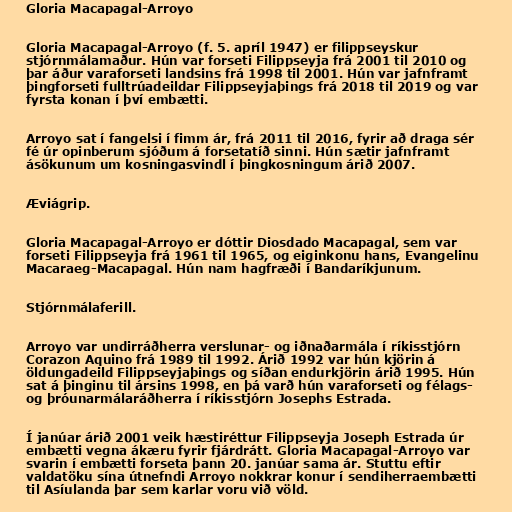
Gloria Macapagal-Arroyo

Gloria Macapagal-Arroyo (f. 5. apríl 1947) er filippseyskur
stjórnmálamaður. Hún var forseti Filippseyja frá 2001 til 2010 og
þar áður varaforseti landsins frá 1998 til 2001. Hún var jafnframt
þingforseti fulltrúadeildar Filippseyjaþings frá 2018 til 2019 og var
fyrsta konan í því embætti.

Arroyo sat í fangelsi í fimm ár, frá 2011 til 2016, fyrir að draga sér
fé úr opinberum sjóðum á forsetatíð sinni. Hún sætir jafnframt
ásökunum um kosningasvindl í þingkosningum árið 2007.

Æviágrip.

Gloria Macapagal-Arroyo er dóttir Diosdado Macapagal, sem var
forseti Filippseyja frá 1961 til 1965, og eiginkonu hans, Evangelinu
Macaraeg-Macapagal. Hún nam hagfræði í Bandaríkjunum.

Stjórnmálaferill.

Arroyo var undirráðherra verslunar- og iðnaðarmála í ríkisstjórn
Corazon Aquino frá 1989 til 1992. Árið 1992 var hún kjörin á
öldungadeild Filippseyjaþings og síðan endurkjörin árið 1995. Hún
sat á þinginu til ársins 1998, en þá varð hún varaforseti og félags-
og þróunarmálaráðherra í ríkisstjórn Josephs Estrada.

Í janúar árið 2001 veik hæstiréttur Filippseyja Joseph Estrada úr
embætti vegna ákæru fyrir fjárdrátt. Gloria Macapagal-Arroyo var
svarin í embætti forseta þann 20. janúar sama ár. Stuttu eftir
valdatöku sína útnefndi Arroyo nokkrar konur í sendiherraembætti
til Asíulanda þar sem karlar voru við völd.